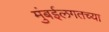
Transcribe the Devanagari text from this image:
मुंबईलगतच्या